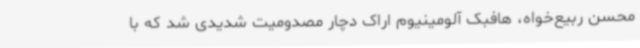
محسن ربیع‌خواه، هافبک آلومینیوم اراک دچار مصدومیت شدیدی شد که با